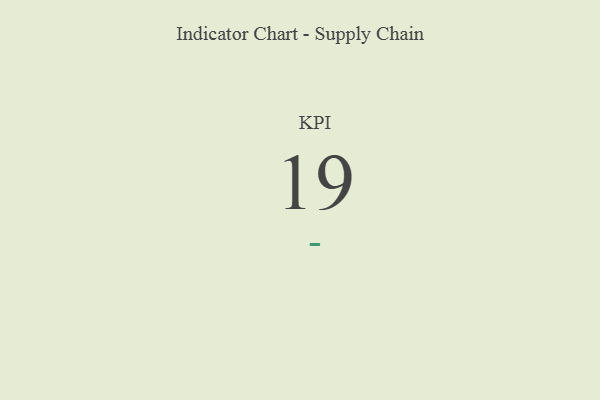
{"axis": {"x": "KPI", "y": "Value"}, "legend": [""], "data": [{"x": "KPI", "y": 19, "type": ""}]}